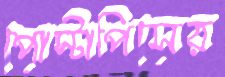
পোস্টাপিসের